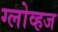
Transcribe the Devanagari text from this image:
ग्लोव्हज